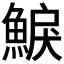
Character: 𩸭